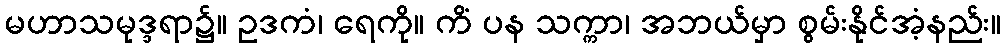
မဟာသမုဒ္ဒရာ၌။ ဥဒကံ၊ ရေကို။ ကိံ ပန သက္ကာ၊ အဘယ်မှာ စွမ်းနိုင်အံ့နည်း။